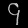
Digit: ၄